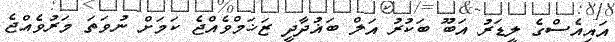
އައިއެސްގެ ލީޑަރު އަބޫ ބަކުރު އަލް ބަޣުދާދީ ޒަޚަމްވެއްޖެ ކަމަށް ނުވަތަ މަރުވެއްޖެ